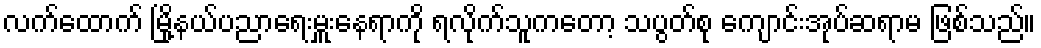
လက်ထောက် မြို့နယ်ပညာရေးမှူးနေရာကို ရလိုက်သူကတော့ သပွတ်စု ကျောင်းအုပ်ဆရာမ ဖြစ်သည်။